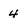
Character: 4